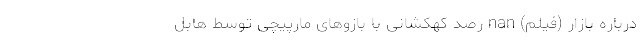
درباره بازار (فیلم) nan رصد کهکشانی با بازوهای مارپیچی توسط هابل